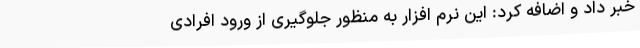
خبر داد و اضافه کرد: این نرم افزار به منظور جلوگیری از ورود افرادی